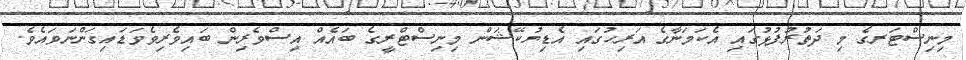
މިނިސްޓަރގެ މި ދަތުރުފުޅުގައި އެކަމަނާގެ އަރިހުގައި އެޑިޔުކޭޝަން މިނިސްޓްރީގެ ބައެއް އިސްވެރިން ބައިވެރިވެވަޑައިގަންނަވައެވެ.